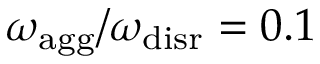
{ \omega _ { \mathrm { a g g } } / \omega _ { \mathrm { d i s r } } = 0 . 1 }